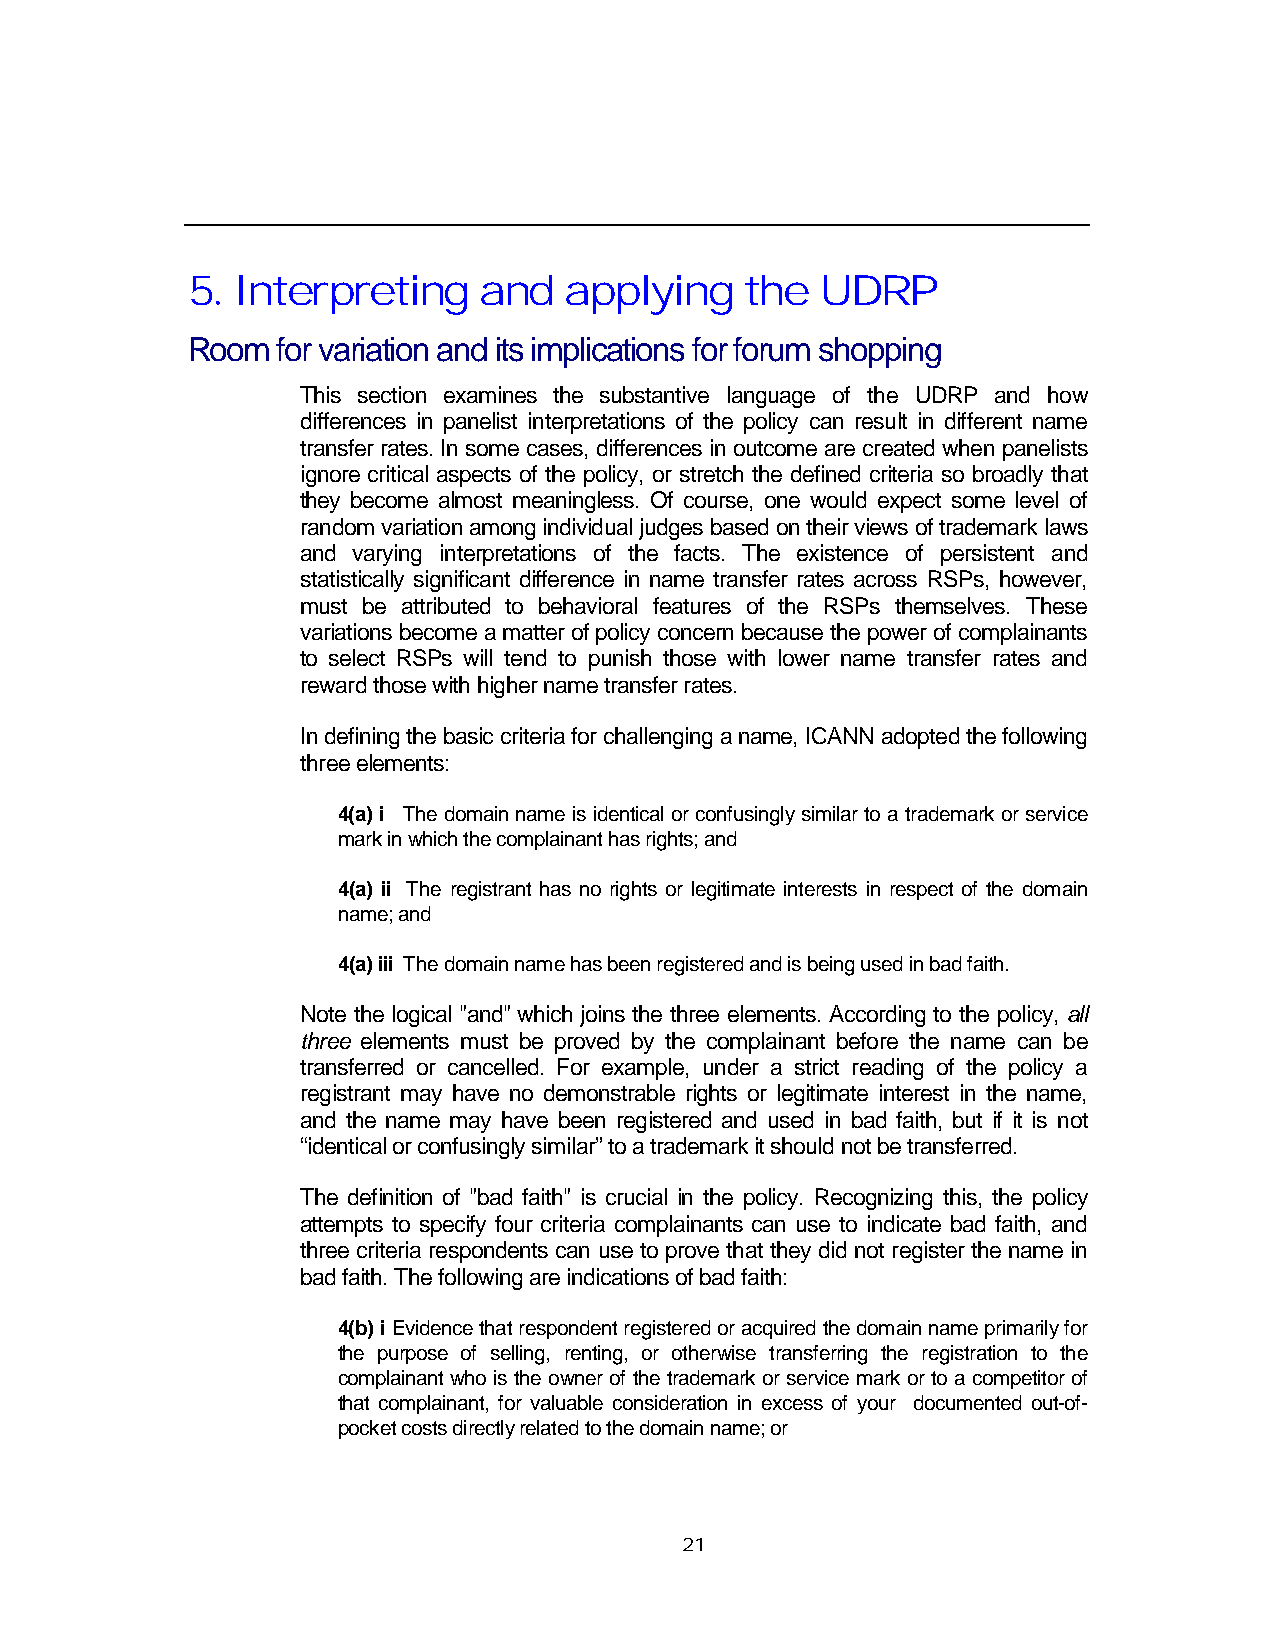
5. Interpreting     and  applying    the  UDRP
 Room  for variation and its implications for forum shopping
 This section examines the substantive language of the UDRP and how
 differences in panelist interpretations of the policy can result in different name
 transfer rates. In some cases, differences in outcome are created when panelists
 ignore critical aspects of the policy, or stretch the defined criteria so broadly that
 they become almost meaningless. Of course, one would expect some level of
 random variation among individual judges based on their views of trademark laws
 and varying interpretations of the facts. The existence of persistent and
 statistically significant difference in name transfer rates across RSPs, however,
 must be attributed to behavioral features of the RSPs themselves. These
 variations become a matter of policy concern because the power of complainants
 to select RSPs will tend to punish those with lower name transfer rates and
 reward those with higher name transfer rates.
 In defining the basic criteria for challenging a name, ICANN adopted the following
 three elements:
 4(a) i The domain name is identical or confusingly similar to a trademark or service
 mark in which the complainant has rights; and
 4(a) ii The registrant has no rights or legitimate interests in respect of the domain
 name; and
 4(a) iii The domain name has been registered and is being used in bad faith.
 Note the logical "and" which joins the three elements. According to the policy, all
 three elements must be proved by the complainant before the name can be
 transferred or cancelled. For example, under a strict reading of the policy a
 registrant may have no demonstrable rights or legitimate interest in the name,
 and the name may have been registered and used in bad faith, but if it is not
 “identical or confusingly similar” to a trademark it should not be transferred.
 The definition of "bad faith" is crucial in the policy. Recognizing this, the policy
 attempts to specify four criteria complainants can use to indicate bad faith, and
 three criteria respondents can use to prove that they did not register the name in
 bad faith. The following are indications of bad faith:
 4(b) i Evidence that respondent registered or acquired the domain name primarily for
 the purpose of selling, renting, or otherwise transferring the registration to the
 complainant who is the owner of the trademark or service mark or to a competitor of
 that complainant, for valuable consideration in excess of your documented out-of-
 pocket costs directly related to the domain name; or
 21